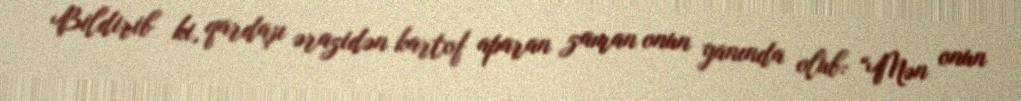
Bildirib ki, qardaşı ərazidən kartof aparan zaman onun yanında olub: “Mən onun